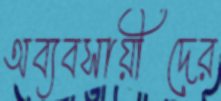
অব্যবসায়ীদের